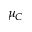
\mu _ { C }